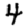
Digit: 4